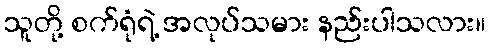
သူတို့ စက်ရုံရဲ့ အလုပ်သမား နည်းပါသလား။